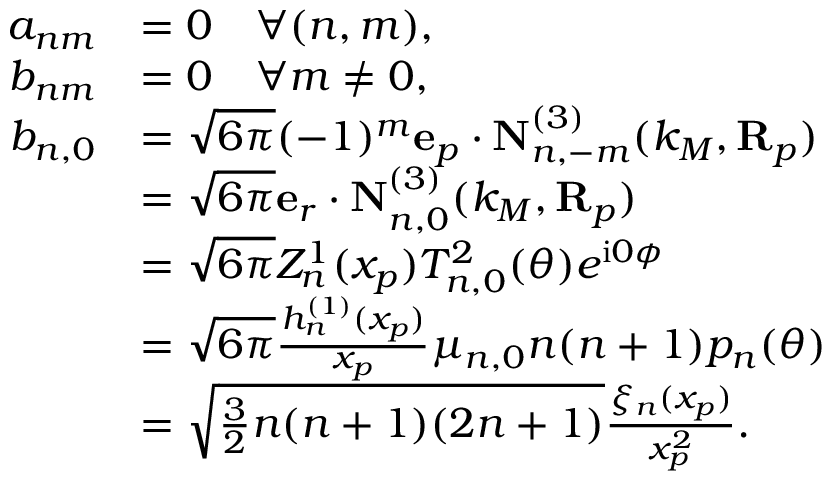
\begin{array} { r l } { a _ { n m } } & { = 0 \quad \forall ( n , m ) , } \\ { b _ { n m } } & { = 0 \quad \forall m \neq 0 , } \\ { b _ { n , 0 } } & { = \sqrt { 6 \pi } ( - 1 ) ^ { m } \mathbf { e } _ { p } \cdot \mathbf { N } _ { n , - m } ^ { ( 3 ) } ( k _ { M } , \mathbf { R } _ { p } ) } \\ & { = \sqrt { 6 \pi } \mathbf { e } _ { r } \cdot \mathbf { N } _ { n , 0 } ^ { ( 3 ) } ( k _ { M } , \mathbf { R } _ { p } ) } \\ & { = \sqrt { 6 \pi } Z _ { n } ^ { 1 } ( x _ { p } ) T _ { n , 0 } ^ { 2 } ( \theta ) e ^ { \mathrm { i } 0 \phi } } \\ & { = \sqrt { 6 \pi } \frac { h _ { n } ^ { ( 1 ) } ( x _ { p } ) } { x _ { p } } \mu _ { n , 0 } n ( n + 1 ) p _ { n } ( \theta ) } \\ & { = \sqrt { \frac { 3 } { 2 } n ( n + 1 ) ( 2 n + 1 ) } \frac { \xi _ { n } ( x _ { p } ) } { x _ { p } ^ { 2 } } . } \end{array}